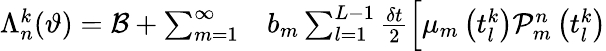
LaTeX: \begin{array}{rl}{\Lambda_{n}^{k}(\vartheta)=\mathcal{B}+\sum_{m=1}^{\infty}}&{{}b_{m}\sum_{l=1}^{L-1}\frac{\delta t}{2}\Big[\mu_{m}\left(t_{l}^{k}\right)\mathcal{P}_{m}^{n}\left(t_{l}^{k}\right)}\end{array}